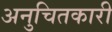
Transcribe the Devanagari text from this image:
अनुचितकारी